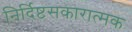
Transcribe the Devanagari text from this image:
निर्दिष्टसकारात्मक